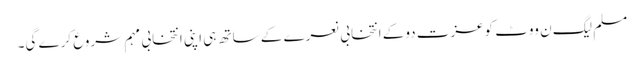
مسلم لیگ ن ووٹ کوعزت دوکے انتخابی نعرے کے ساتھ ہی اپنی انتخابی مہم شروع کرے گی۔